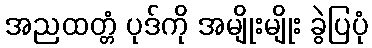
အညထတ္တံ ပုဒ်ကို အမျိုးမျိုး ခွဲပြပုံ